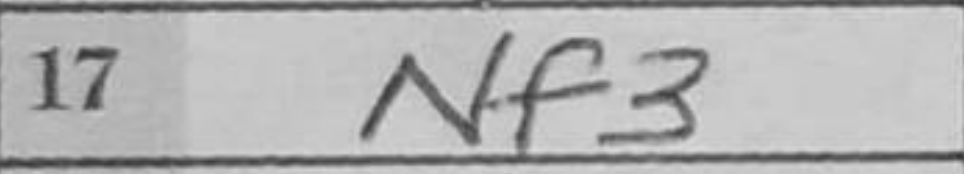
Transcription: Ke2